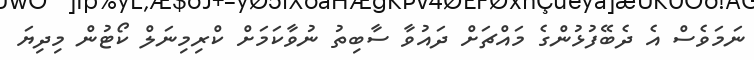
ނަމަވެސް އެ ދެބޭފުޅުންގެ މައްޗަށް ދައުވާ ސާބިތު ނުވާކަމަށް ކްރިމިނަލް ކޯޓުން މިދިޔަ